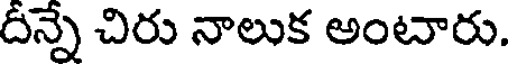
దీన్నే చిరు నాలుక అంటారు.